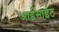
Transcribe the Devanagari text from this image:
आईसाईट